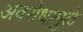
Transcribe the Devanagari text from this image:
अवरोधामुळे